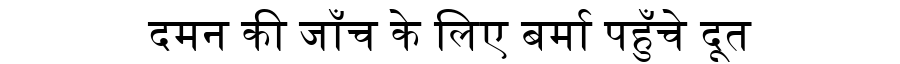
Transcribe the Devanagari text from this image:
दमन की जाँच के लिए बर्मा पहुँचे दूत